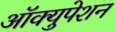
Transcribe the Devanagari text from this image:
आॅक्युपेशन